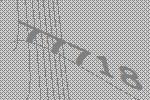
77718